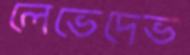
লেভেদেভ